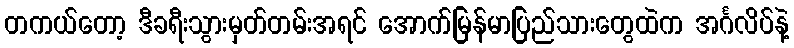
တကယ်တော့ ဒီခရီးသွားမှတ်တမ်းအရင် အောက်မြန်မာပြည်သားတွေထဲက အင်္ဂလိပ်နဲ့